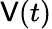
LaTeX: \mathsf{V}(t)